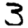
Digit: 3